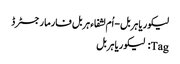
﻿ لیکوریا ہربل - اُم لشفاء ہربل فارما رجسٹرڈ
Tag: لیکوریا ہربل